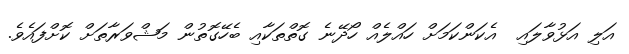
އަލި އަޅުވާލައި  އެކަންކަމަށް ހައްލެއް ހޯދޭނެ ގޮތްތަކާއި ބެހޭގޮތުން މަޝްވަރާތަށް ކޮށްފައެވެ.